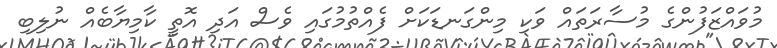
މުވައްޒަފުންގެ މުސާރަތައް ވަކި މިންގަނޑަކަށް ފެއްތުމުގައި ވެސް އަދި އޮތީ ކާމިޔާބެއް ނުލިބި